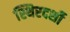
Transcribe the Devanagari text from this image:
स्थिरदर्शी